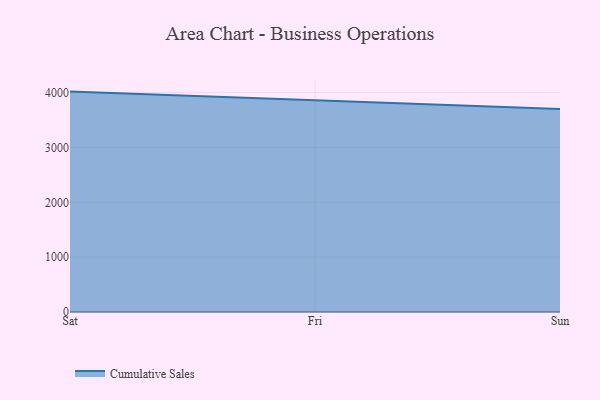
{"axis": {"x": "Day", "y": "Conversion Rate (%)"}, "legend": ["Cumulative Sales"], "data": [{"x": "Sat", "y": 4018.1, "type": "Cumulative Sales"}, {"x": "Fri", "y": 3854.1, "type": "Cumulative Sales"}, {"x": "Sun", "y": 3701.1, "type": "Cumulative Sales"}]}